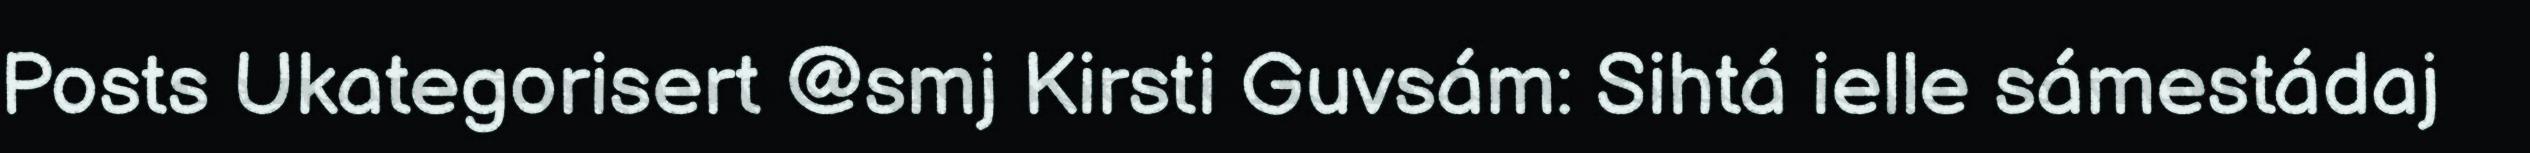
Posts Ukategorisert @smj Kirsti Guvsám: Sihtá ielle sámestádaj